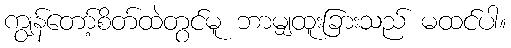
ကျွန်တော့်စိတ်ထဲတွင်မူ ဘာမျှထူးခြားသည် မထင်ပါ။